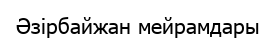
Әзірбайжан мейрамдары